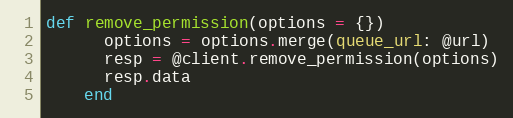
Language: Ruby
def remove_permission(options = {})
      options = options.merge(queue_url: @url)
      resp = @client.remove_permission(options)
      resp.data
    end